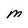
Character: M